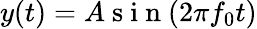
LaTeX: y(t)=A\mathrm{~s~i~n~}(2\pi f_{0}t)